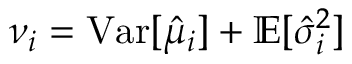
\nu _ { i } = \mathrm { V a r } [ \hat { \mu } _ { i } ] + \mathbb { E } [ \hat { \sigma } _ { i } ^ { 2 } ]